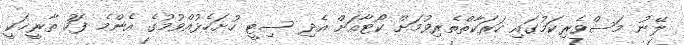
ލޭނު މަސްވެރިކަމުގައި ހަރަކާތްތެރިވުމަށް ކޯޓާއަށް އެދި ސިޓީ ހުށަހެޅުއްވުމުގެ އެންމެ ފަހު ތާރީޚަކީ